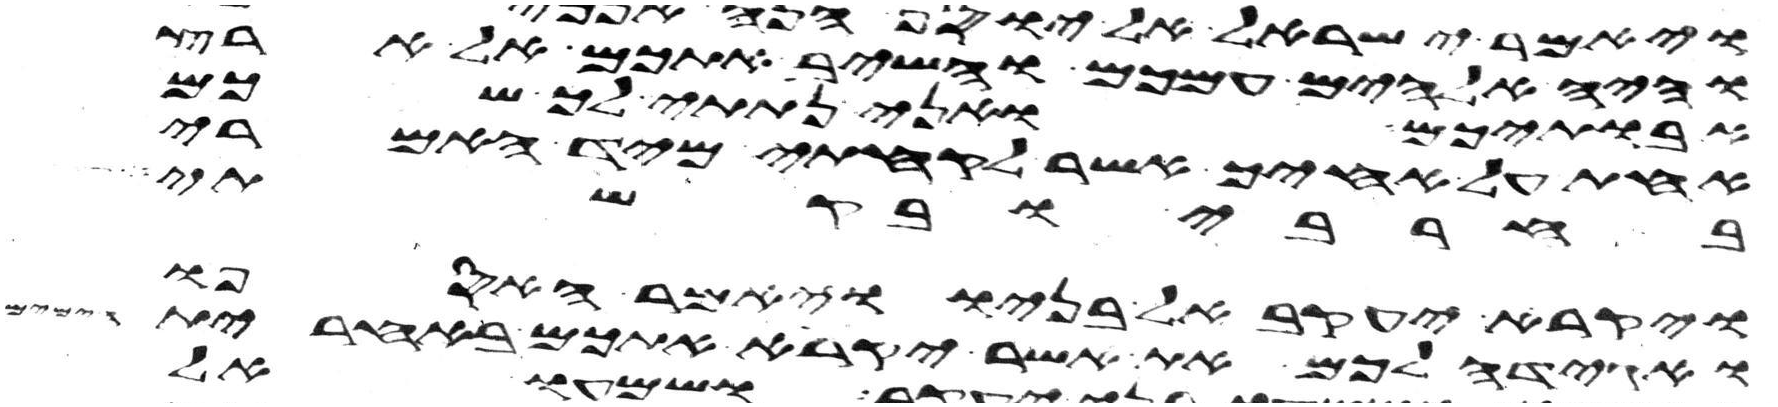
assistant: והיה אלהים עמכם והשיב אתכם אל ארץ
אבתיכם ואני נתתי לך שכם
אחת על אחיך אשר לקחתי מיד האמרי
בחרבי ובקשתי
ויקרא יעקב אל בניו ויאמר האספו
ואגידה לכם את אשר יקרא אתכם באחרית